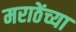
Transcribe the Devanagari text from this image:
मराठेंच्या